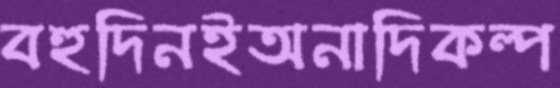
বহুদিনইঅনাদিকল্প